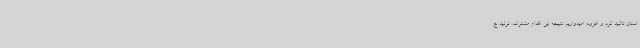
استان تاکید کرد و افزود: امیدواریم نتیجه این اقدام مشترک، تولید خ